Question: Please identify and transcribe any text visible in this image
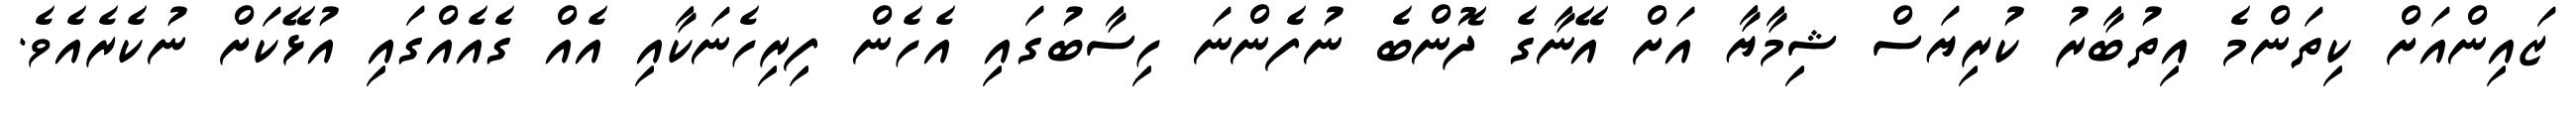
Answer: ޒައިންއަށް ކިތަންމެ އިތުބާރު ކުރިޔަސް ޝިމާޔާ އަށް އޭނާގެ ދޮންބެ ނުފެންނަ ހިސާބުގައި އެހެން ފިރިހެނަކާއި އެއް ގެއެއްގައި އުޅޭކަށް ނުކެރެއެވެ.